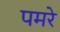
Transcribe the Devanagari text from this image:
पमरे